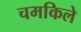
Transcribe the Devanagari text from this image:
चमकिले